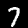
Digit: 7